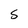
Character: s